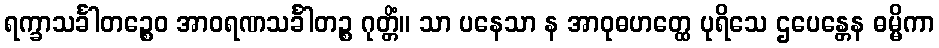
ရက္ခာသင်္ခါတဉ္စေဝ အာဝရဏသင်္ခါတဉ္စ ဂုတ္တိံ။ သာ ပနေသာ န အာဝုဓဟတ္ထေ ပုရိသေ ဌပေန္တေန ဓမ္မိကာ